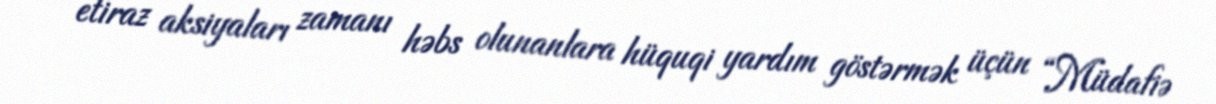
etiraz aksiyaları zamanı həbs olunanlara hüquqi yardım göstərmək üçün “Müdafiə